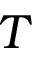
T